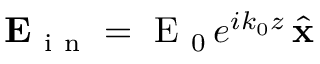
\mathbf { E } _ { \mathrm { ~ i ~ n ~ } } = \mathrm { ~ E ~ } _ { 0 } \, e ^ { i k _ { 0 } z } \, \hat { \mathbf { x } }